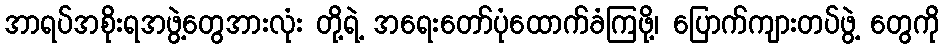
အာရပ်အစိုးရအဖွဲ့တွေအားလုံး တို့ရဲ့ အရေးတော်ပုံထောက်ခံကြဖို့၊ ပြောက်ကျားတပ်ဖွဲ့ တွေကို